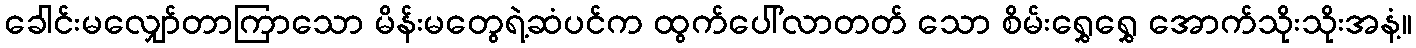
ခေါင်းမလျှော်တာကြာသော မိန်းမတွေရဲ့ဆံပင်က ထွက်ပေါ်လာတတ် သော စိမ်းရွှေရွှေ အောက်သိုးသိုးအနံ့။